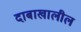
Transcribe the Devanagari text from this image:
दाबाखालील